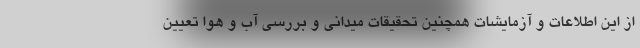
از این اطلاعات و آزمایشات همچنین تحقیقات میدانی و بررسی آب و هوا تعیین